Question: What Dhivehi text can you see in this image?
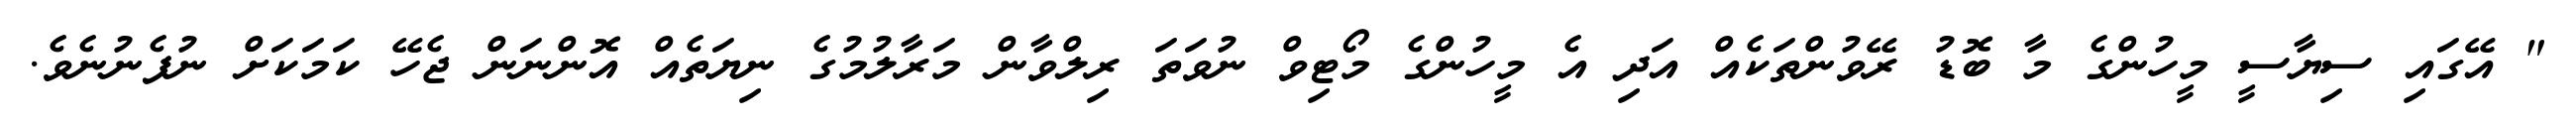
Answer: " އޭގައި ސިޔާސީ މީހުންގެ މާ ބޮޑު ރޭވުންތަކެއް އަދި އެ މީހުންގެ މޯޓިވް ނުވަތަ ރިލްވާން މަރާލުމުގެ ނިޔަތެއް އޮންނަން ޖެހޭ ކަމަކަށް ނުފެނުނެވެ.